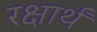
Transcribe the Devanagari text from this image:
रक्षार्थं